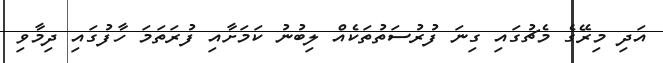
އަދި މިރޭގެ މެޗުގައި ގިނަ ފުރުސަތުތަކެއް ލިބުނު ކަމަށާއި ފުރަތަމަ ހާފުގައި ދިމާވި